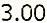
3.00